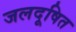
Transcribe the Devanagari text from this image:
जलदूषित